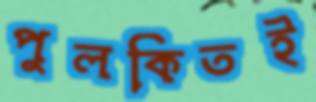
পুলকিতই